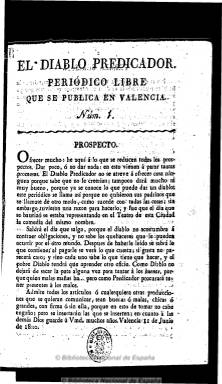
Título: El Diablo predicador
Colección: Periódicos anteriores a 1850
Ámbito geográfico: Valencia
Lugar de publicación: Valencia
Fechas: 01/12/1820-25/01/1821

Subtitulado “periódico libre que se publica en Valencia”,  la fecha de su prospecto es de 11 de junio de 1820, y debió publicarse hasta febrero de 1821, saliendo sin periodicidad fija de la imprenta de Domingo Mompié, en números de ocho páginas. Su título lo adopta del de la obra dramática del mismo nombre. Su carácter es servil y anticonstitucional, editado y redactado por el militar Anastasio Navas, que a continuación publicará a continuación el periódico Las espabiladeras (1822), del mismo carácter. Sus contenidos son artículos doctrinales y otros remitidos sobre los acontecimientos políticos del periodo, abiertamente reaccionarios y contra la prensa liberal, escritos con un estilo a veces sarcástico. También da cuenta de la producción bibliográfica conservadora del momento. Su director participara en la sublevación de mayo de 1822 contra las instituciones liberales.